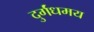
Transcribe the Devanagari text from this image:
दुर्गंधमय